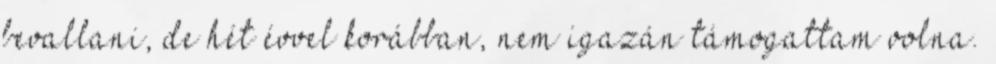
bevallani, de hét évvel korábban, nem igazán támogattam volna.